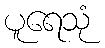
ပူရေသုံ